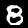
Label: 8